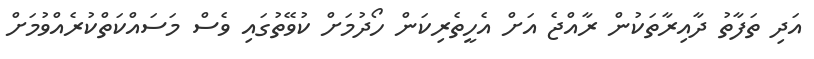
އަދި ތަފާތު ދާއިރާތަކުން ރާއްޖެ އަށް އެހީތެރިކަން ހޯދުމަށް ކުވޭތުގައި ވެސް މަސައްކަތްކުރެއްވުމަށް